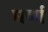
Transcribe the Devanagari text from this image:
घर्ष्ण